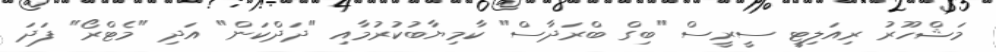
މަޝްހޫރު ރިއަލިޓީ ސީރީސް "ބިގް ބްރަދާސް" ކާމިޔާބުކުރުމާއި "ދަދްކަން" އަދި "މެޓްރޯ" ފަދަ